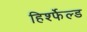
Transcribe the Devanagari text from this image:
हिर्श्फेल्ड